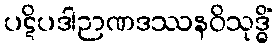
ပဋိပဒါဉာဏဒဿနဝိသုဒ္ဓိံ